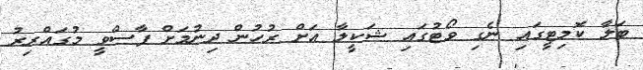
ބަލާ ކޮމިޓީގައި ނެގި ވޯޓުގައި ޝަކީލާ އަށް ރުހުން ދިނުމަށް ފާސްވީ މުގައްރިރު